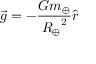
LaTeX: { \vec { g } } = - { \frac { G m _ { \oplus } } { { R _ { \oplus } } ^ { 2 } } } { \hat { r } }